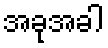
အခုအခါ